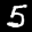
Label: 5